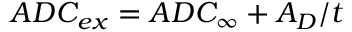
A D C _ { e x } = A D C _ { \infty } + A _ { D } / t